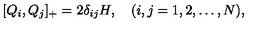
[ Q _ { i } , Q _ { j } ] _ { + } = 2 \delta _ { i j } H , \quad ( i , j = 1 , 2 , \ldots , N ) ,